Civil Veterinary Department. Madras. Admin. report 1926-33 - 1926-1933
Year: 1926
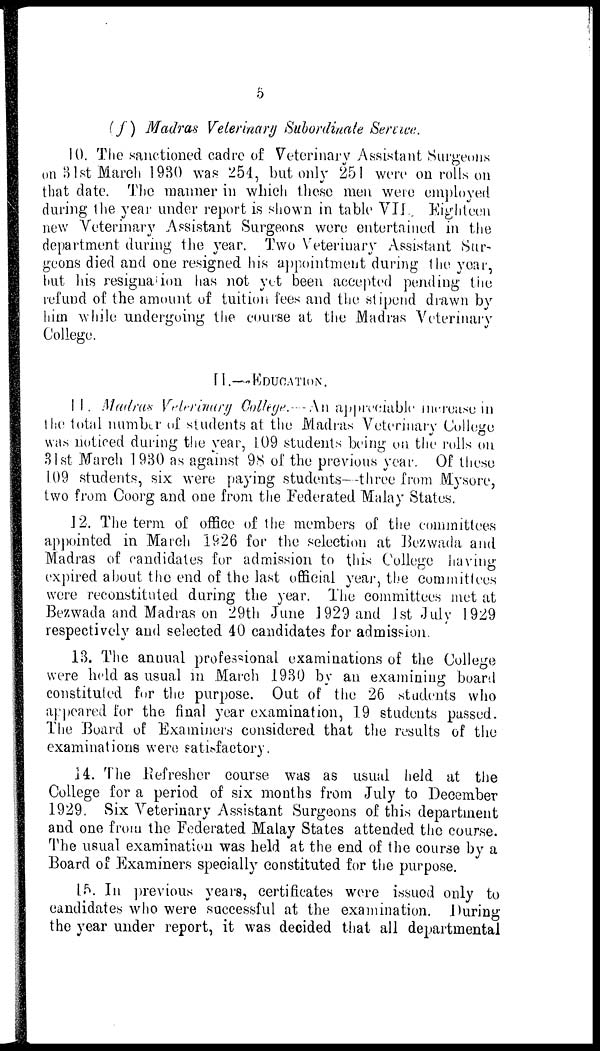
5
(f) Madras Veterinary Subordinate Service.
10. The sanctioned cadre of Veterinary Assistant Surgeous
on 31st March 1930 was 254, but only 251 were on rolls on
that date. The manner in which these men were employed
during the year under report is shown in table VII. Eighteen
new Veterinary Assistant Surgeons were entertained in the
department during the year. Two Veterinary Assistant Sur-
geons died and one resigned his appointment during the year,
hut his resignation has not yet been accepted pending the
refund of the amount of tuition fees and the stipend drawn by
him while undergoing the course at the Madras Veterinary
College.
M.—EDUCATION.
11. Madras Veterinary College.—An appreciable merease in
the total number of students at the Madras Veterinary College
was noticed during the year, 109 students being on the rolls on
31st March 1930 as against 98 of the previous year. Of these
1.09 students, six were paying students—three from Mysore,
two from Coorg and one from the Federated Malay States.
12. The term of office of the members of the committees
appointed in March 1926 for the selection at Bezwada and
Madras of candidates for admission to this College having
expired about the end of the last official year, the commitlees
were reconstituted during the year. The committees met at
Bezwada and Madras on 29th June 1929 and 1st July 1929
respectively and selected 40 candidates for admission.
13. The annual professional examinations of the College
were held as usual in March 1930 by an examining board
constituted for the purpose. Out of the 26 students who
appeared for the final year examination, 19 students passed.
The Board of Examiners considered that the results of the
examinations were satisfactory.
11. The Refresher course was as usual held at the
College for a period of six months from July to December
1929. Six Veterinary Assistant Surgeons of this department
and one from the Federated Malay States attended the course.
The usual examination was held at the end of the course by a
Board of Examiners specially constituted for the purpose.
15. In previous years, certificates were issued only to
candidates who were successful at the examination. During
the year under report, it was decided that all departmental